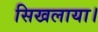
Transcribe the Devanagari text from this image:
सिखलाया।